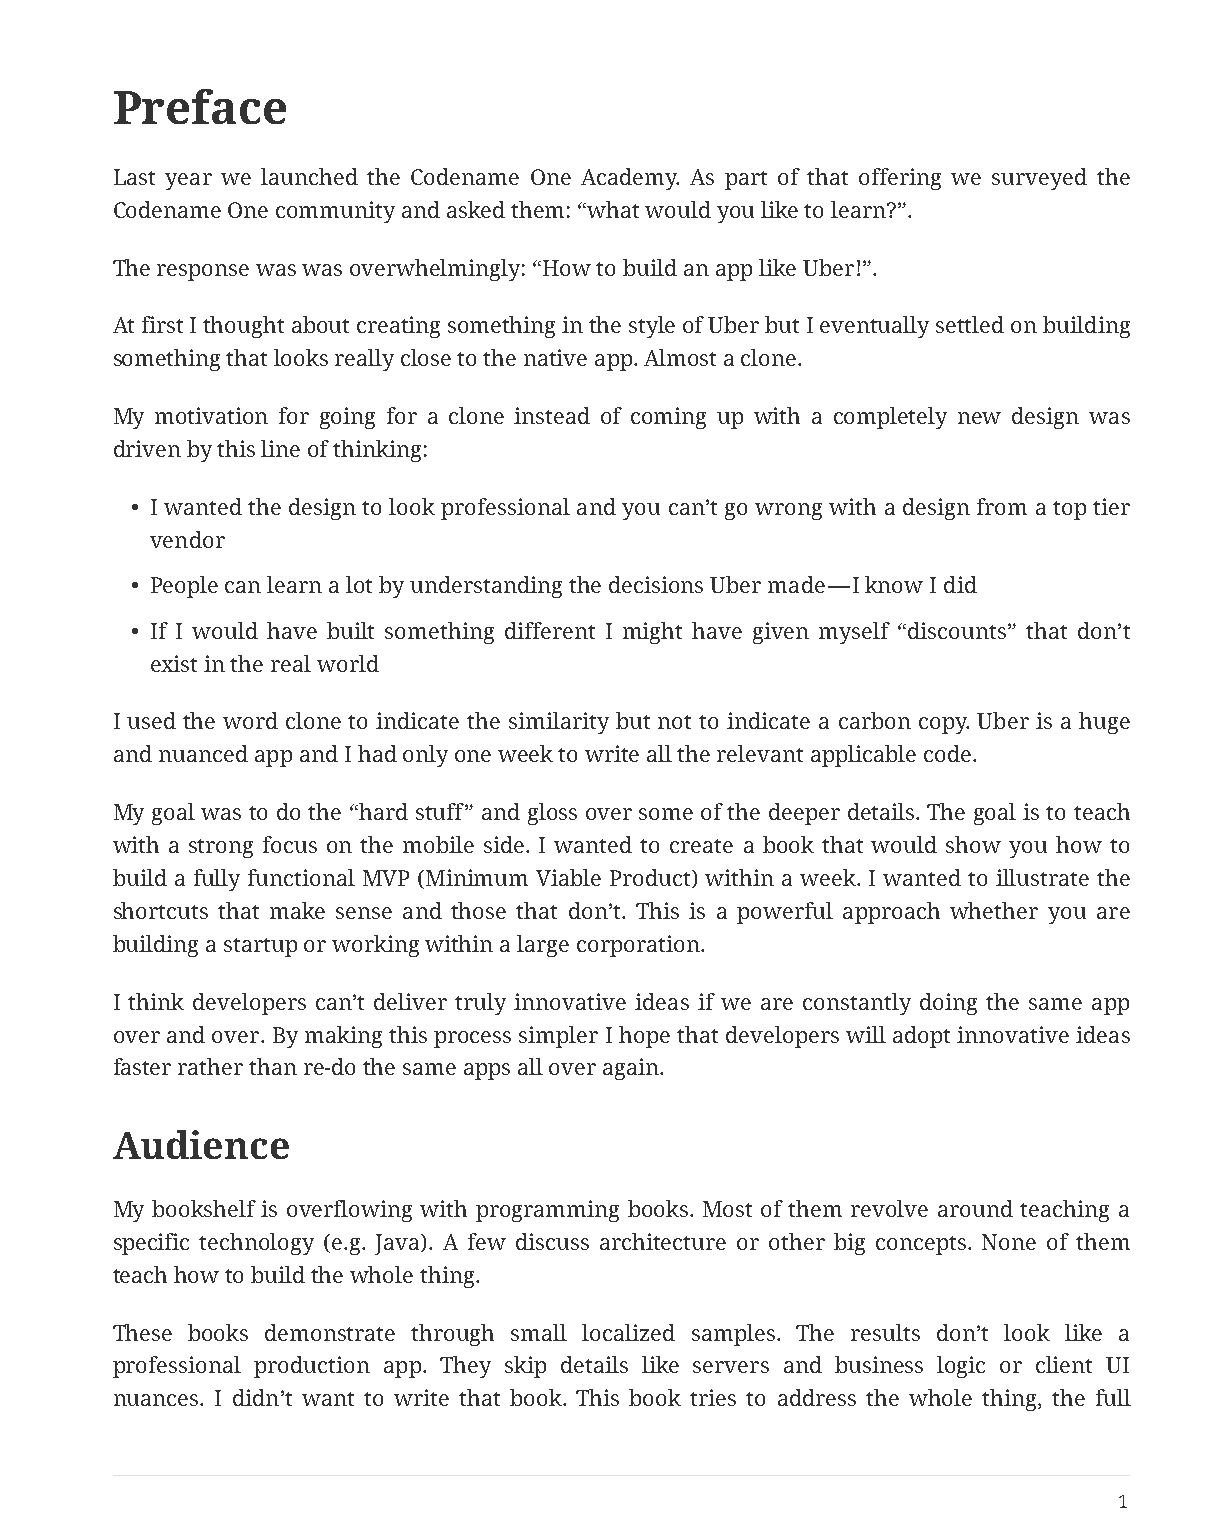
Preface
 Last year we launched the Codename One Academy. As part of that offering we surveyed the
 Codename One community and asked them: “what would you like to learn?”.
 The response was was overwhelmingly: “How to build an app like Uber!”.
 At first I thought about creating something in the style of Uber but I eventually settled on building
 something that looks really close to the native app. Almost a clone.
 My motivation for going for a clone instead of coming up with a completely new design was
 driven by this line of thinking:
 • I wanted the design to look professional and you can’t go wrong with a design from a top tier
 vendor
 • People can learn a lot by understanding the decisions Uber made — I know I did
 • If I would have built something different I might have given myself “discounts” that don’t
 exist in the real world
 I used the word clone to indicate the similarity but not to indicate a carbon copy. Uber is a huge
 and nuanced app and I had only one week to write all the relevant applicable code.
 My goal was to do the “hard stuff” and gloss over some of the deeper details. The goal is to teach
 with a strong focus on the mobile side. I wanted to create a book that would show you how to
 build a fully functional MVP (Minimum Viable Product) within a week. I wanted to illustrate the
 shortcuts that make sense and those that don’t. This is a powerful approach whether you are
 building a startup or working within a large corporation.
 I think developers can’t deliver truly innovative ideas if we are constantly doing the same app
 over and over. By making this process simpler I hope that developers will adopt innovative ideas
 faster rather than re-do the same apps all over again.
 Audience
 My bookshelf is overflowing with programming books. Most of them revolve around teaching a
 specific technology (e.g. Java). A few discuss architecture or other big concepts. None of them
 teach how to build the whole thing.
 These books demonstrate through small localized samples. The results don’t look like a
 professional production app. They skip details like servers and business logic or client UI
 nuances. I didn’t want to write that book. This book tries to address the whole thing, the full
 1